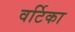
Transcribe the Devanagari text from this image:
वर्टिका